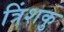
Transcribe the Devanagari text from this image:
त्रिंशकु